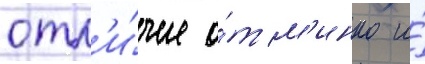
отл'и́чие о́т м'инко и́